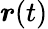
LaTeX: {\boldsymbol{r}}(t)